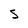
Character: S